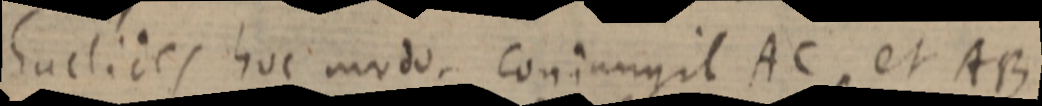
Euclides hoc modo, coniangit AC, et AB